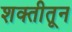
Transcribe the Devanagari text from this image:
शक्तीतून